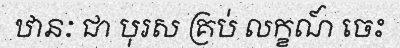
ឋានៈ ជា បុរស គ្រប់ លក្ខណ៍ ចេះ